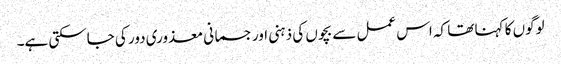
لوگوں کا کہنا تھا کہ اس عمل سے بچوں کی ذہنی اور جسمانی معذوری دور کی جاسکتی ہے۔